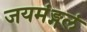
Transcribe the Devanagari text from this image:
जयमंङ्गलं